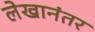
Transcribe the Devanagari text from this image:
लेखानंतर